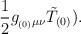
LaTeX: \begin{align*}\frac{1}{2} g_{_{(0)} \mu \nu} \tilde T_{(0)}).\end{align*}